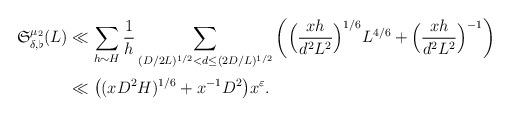
LaTeX: \begin{align*}\begin{aligned}\mathfrak{S}_{\delta, \flat}^{\mu_2}(L)& \ll \sum_{h\sim H} \frac{1}{h} \sum_{(D/2L)^{1/2}<d\le (2D/L)^{1/2}}\bigg(\Big(\frac{xh}{d^2L^2}\Big)^{1/6} L^{4/6} + \Big(\frac{xh}{d^2L^2}\Big)^{-1}\bigg)\\\noalign{\vskip 1mm}& \ll \big((x D^2 H)^{1/6} + x^{-1} D^2\big) x^{\varepsilon}.\end{aligned}\end{align*}